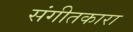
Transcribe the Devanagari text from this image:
संगीतकारा